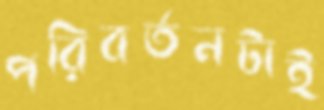
পরিবর্তনটাই